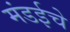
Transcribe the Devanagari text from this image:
मंडईचे